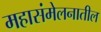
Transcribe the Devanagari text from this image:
महासंमेलनातील